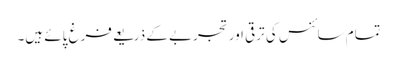
تمام سائنس کی ترقی اور تجربے کے ذریعے فرغ پائے ہیں۔